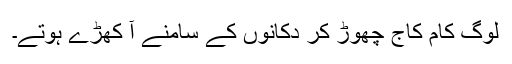
لوگ کام کاج چھوڑ کر دکانوں کے سامنے آ کھڑے ہوتے۔